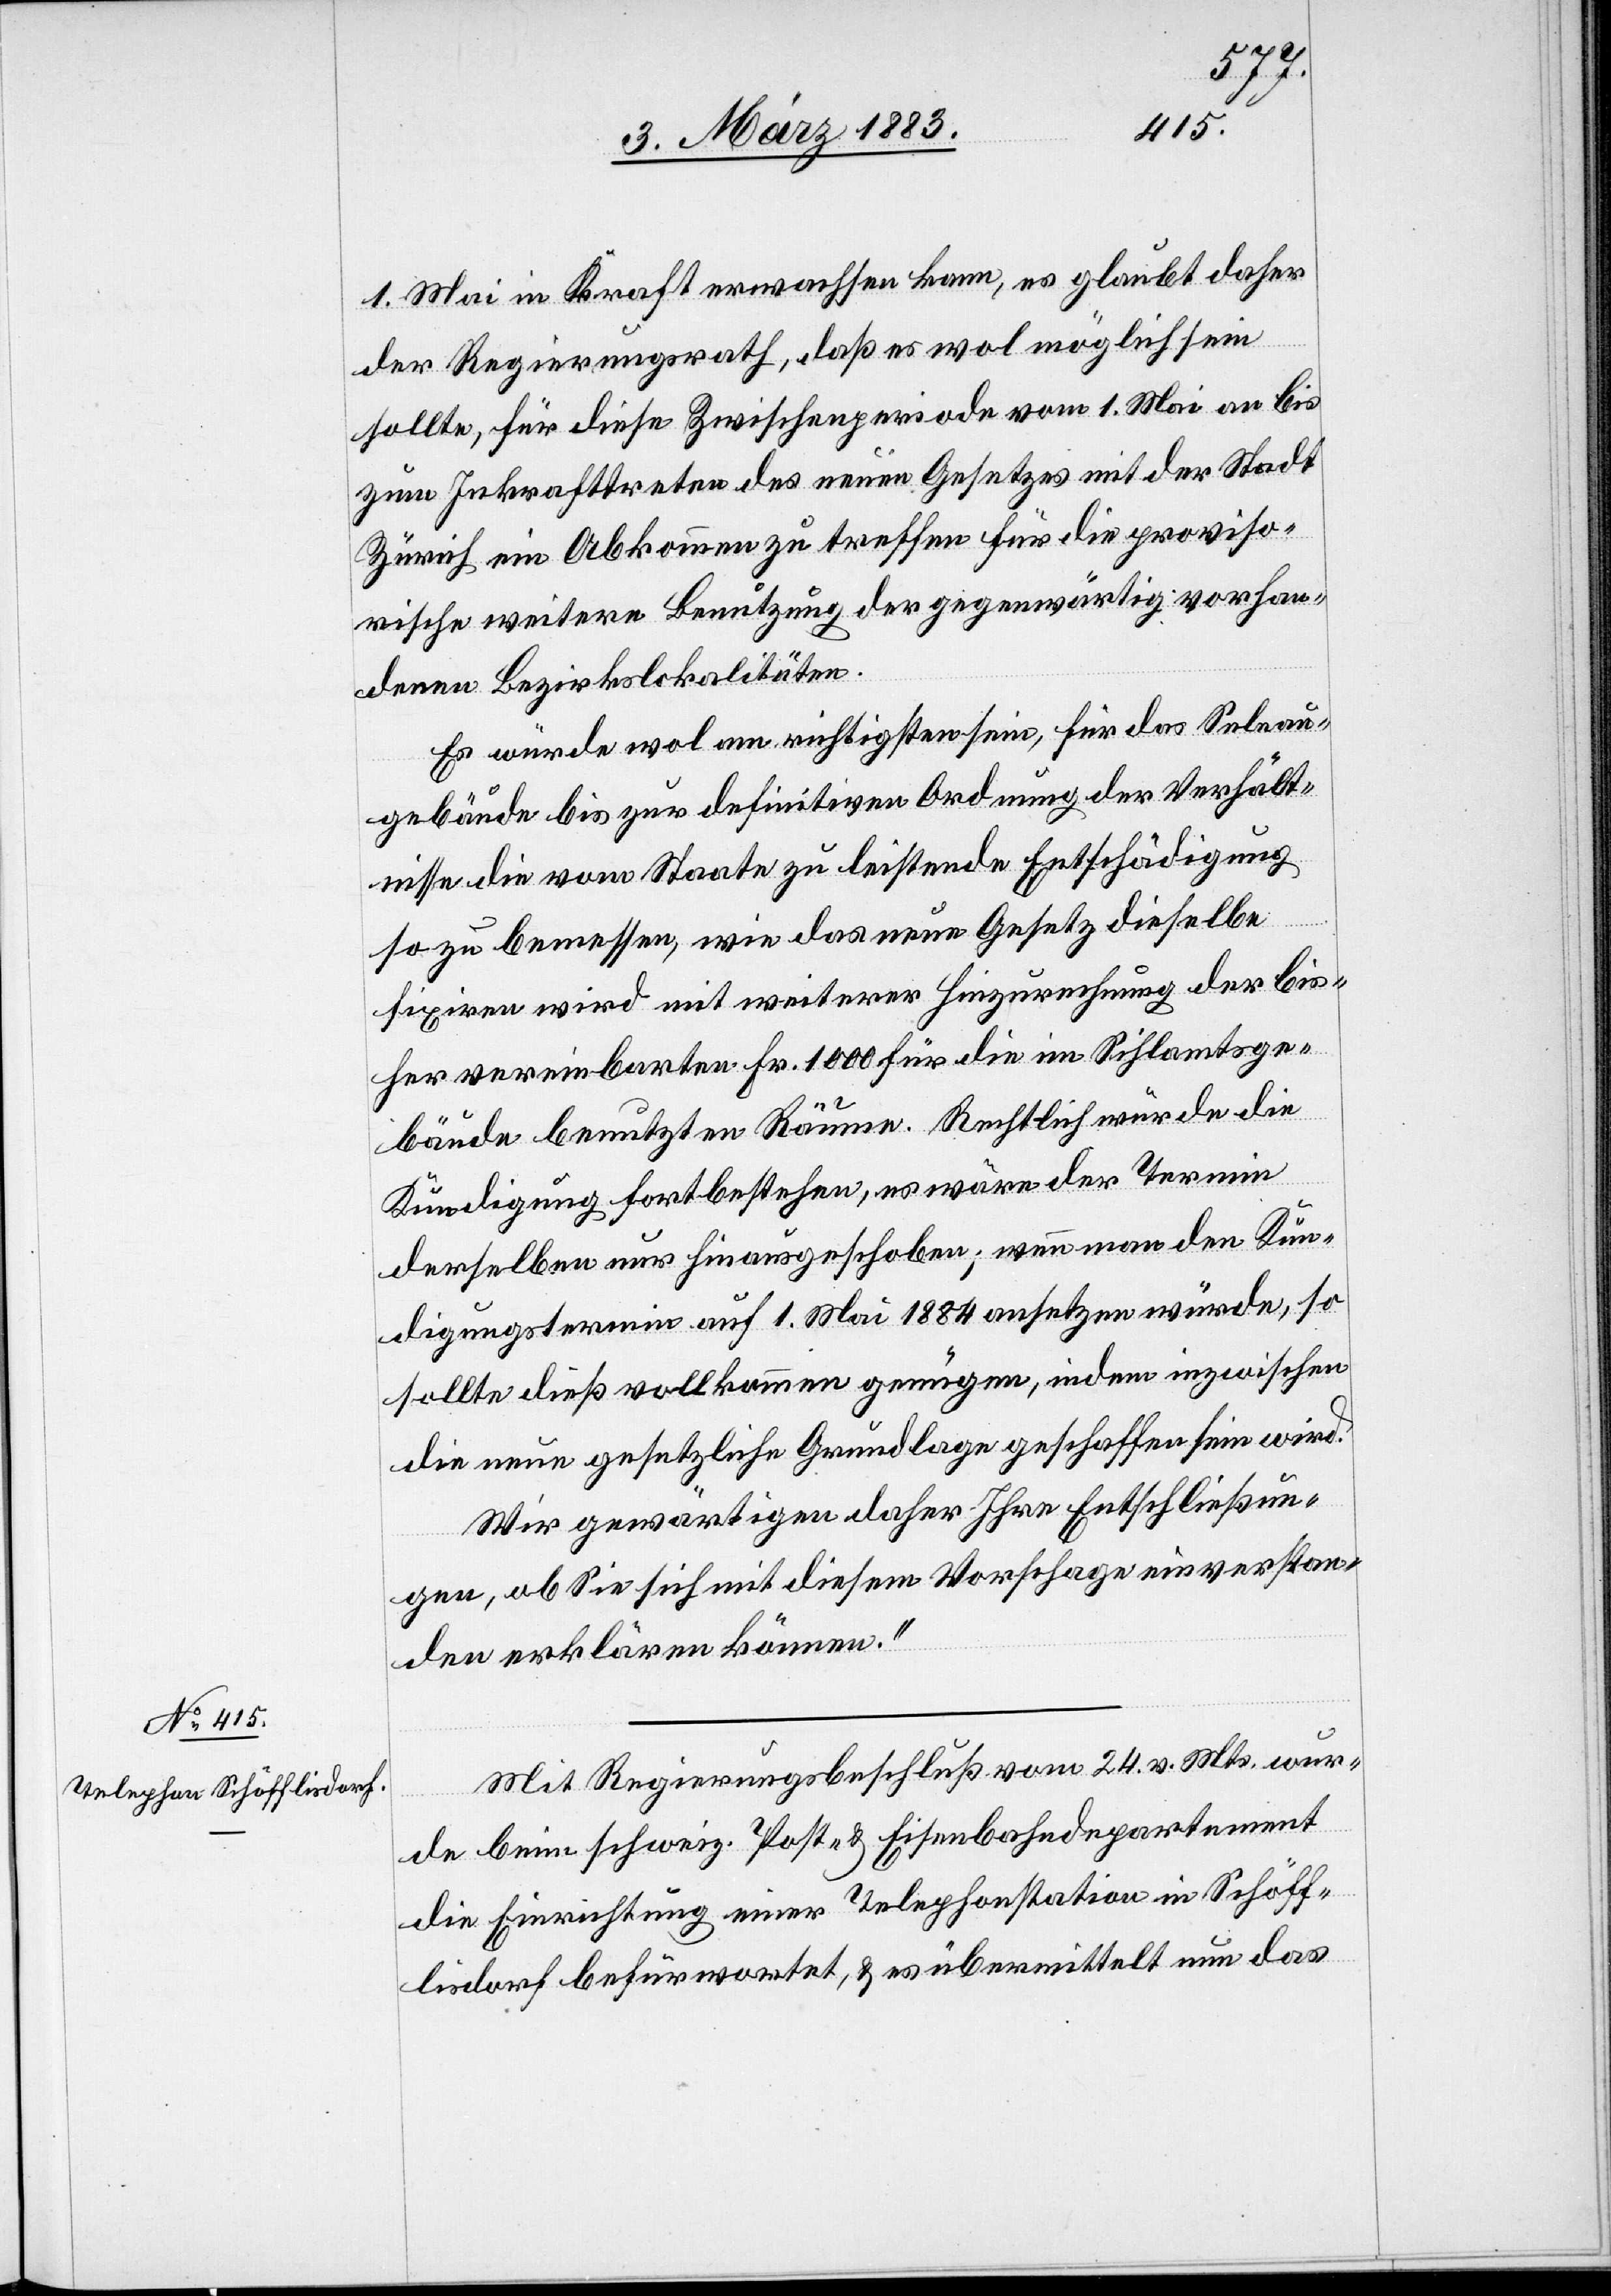
1. Mai in Kraft erwachsen kann, es glaubt daher
der Regierungsrath, daß es wol möglich sein
sollte, für diese Zwischenperiode vom 1. Mai an bis
zum Inkrafttreten des neuen Gesetzes mit der Stadt
Zürich ein Abkommen zu treffen für die proviso¬
rische weitere Benutzung der gegenwärtig vorhan¬
denen Bezirkslokalitäten.
Es würde wol am richtigsten sein, für das Selnau¬
gebäude bis zur definitiven Ordnung der Verhält¬
nisse die vom Staate zu leistende Entschädigung
so zu bemessen, wie das neue Gesetz dieselbe
fixiren wird mit weiterer Hinzurechnung der bis¬
her vereinbarten Fr. 1000 für die im Sihlamtsge¬
bäude benutzten Räume. Rechtlich würde die
Kündigung fortbestehen, es wäre der Termin
derselben nur hinausgeschoben; wenn man den Kün¬
digungstermin auf 1. Mai 1884 ansetzen würde, so
sollte dieß vollkommen genügen, indem inzwischen
die neue gesetzliche Grundlage geschaffen sein wird.
Wir gewärtigen daher Ihre Entschließun¬
gen, ob Sie sich mit diesem Vorschlage einverstan¬
den erklären können.“
Mit Regierungsbeschluß vom 24. v. Mts. wur¬
de beim schweiz. Post- & Eisenbahndepartement
die Einrichtung einer Telephonstation in Schöff¬
lisdorf befürwortet, & es übermittelt nun das